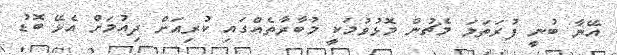
އޭނާ ބުނީ ފުރަތަމަ މެޗުން މޮޅުވުމަކީ މުބާރާތެއްގައި ކުރިއަށް ދިއުމަށް އެޅޭ ބޮޑު